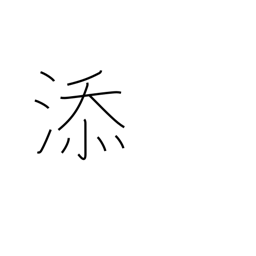
Meaning: annexed